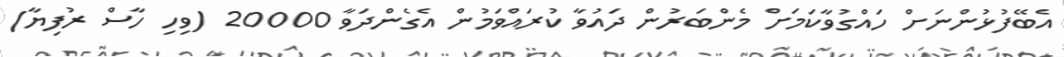
އެބޭފުޅުންނަށް ހައްގުވާކަމަށް މެންބަރުން ދައުވާ ކުރައްވަމުން އެގެންދަވާ 20000 (ވިހި ހާސް ރުފިޔާ)